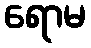
ရောမ